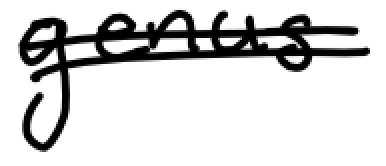
Text: genus
Cross-out: double-line
Writing tool: digital_black